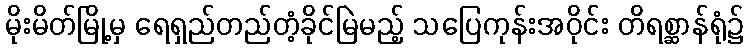
မိုးမိတ်မြို့မှ ရေရှည်တည်တံ့ခိုင်မြဲမည့် သပြေကုန်းအဝိုင်း တိရစ္ဆာန်ရုံ၌